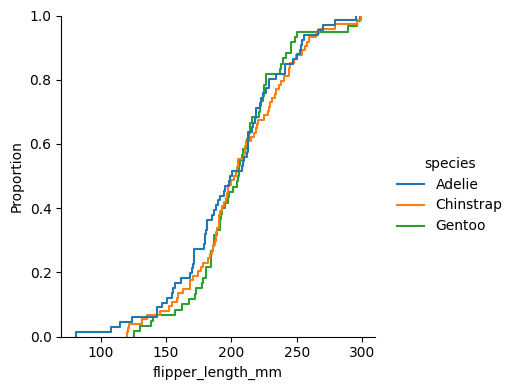
python, seaborn, displot, kind='ecdf', column='flipper_length_mm', hue='species', height=4, aspect=1.0